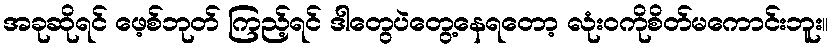
အခုဆိုရင် ဖေ့စ်ဘုတ် ကြည့်ရင် ဒါတွေပဲတွေ့နေရတော့ လုံးဝကိုစိတ်မကောင်းဘူး။